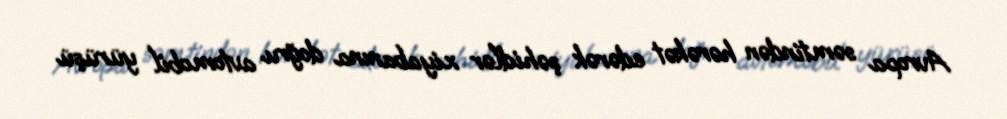
Avropa səmtindən hərəkət edərək şəhidlər xiyabanına doğru avtomobil yürüşü